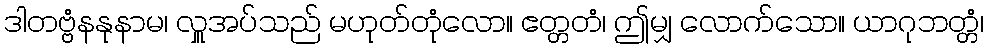
ဒါတဗ္ဗံနနုနာမ၊ လှူအပ်သည် မဟုတ်တုံလော။ ဧတ္တတံ၊ ဤမျှ လောက်သော။ ယာဂုဘတ္တံ၊